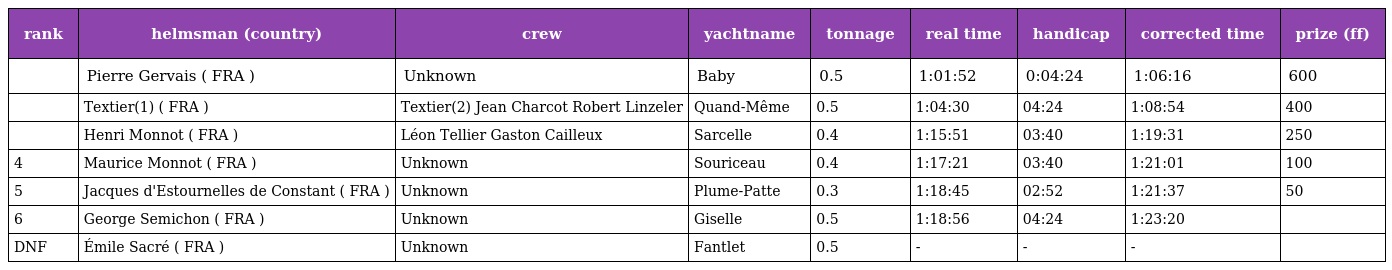
| rank | helmsman (country) | crew | yachtname | tonnage | real time | handicap | corrected time | prize (ff) |
 | --- | --- | --- | --- | --- | --- | --- | --- | --- |
 |  | Pierre Gervais ( FRA ) | Unknown | Baby | 0.5 | 1:01:52 | 0:04:24 | 1:06:16 | 600 |
 |  | Textier(1) ( FRA ) | Textier(2) Jean Charcot Robert Linzeler | Quand-Même | 0.5 | 1:04:30 | 04:24 | 1:08:54 | 400 |
 |  | Henri Monnot ( FRA ) | Léon Tellier Gaston Cailleux | Sarcelle | 0.4 | 1:15:51 | 03:40 | 1:19:31 | 250 |
 | 4 | Maurice Monnot ( FRA ) | Unknown | Souriceau | 0.4 | 1:17:21 | 03:40 | 1:21:01 | 100 |
 | 5 | Jacques d'Estournelles de Constant ( FRA ) | Unknown | Plume-Patte | 0.3 | 1:18:45 | 02:52 | 1:21:37 | 50 |
 | 6 | George Semichon ( FRA ) | Unknown | Giselle | 0.5 | 1:18:56 | 04:24 | 1:23:20 |  |
 | DNF | Émile Sacré ( FRA ) | Unknown | Fantlet | 0.5 | - | - | - |  |